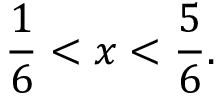
\frac { 1 } { 6 } < x < \frac { 5 } { 6 } .